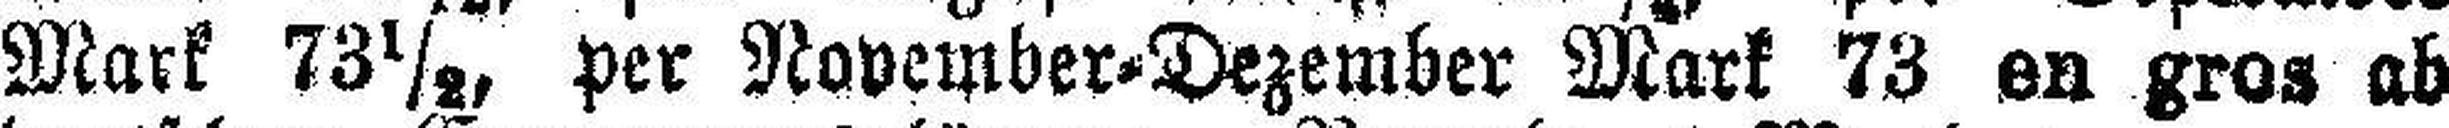
Mark 73½, per November=Dezember Mark 73 en gros ab